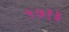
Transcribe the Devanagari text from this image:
५७१३